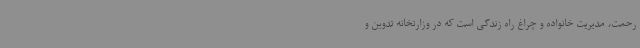
رحمت، مدیریت خانواده و چراغ راه زندگی است که در وزارتخانه تدوین و